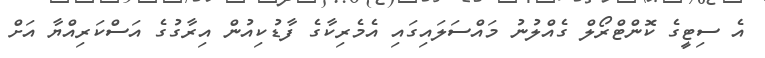
އެ ސިޓީގެ ކޮންޓްރޯލް ގެއްލުނު މައްސަލައިގައި އެމެރިކާގެ ފާޑުކިއުން އިރާގުގެ އަސްކަރިއްޔާ އަށް